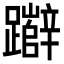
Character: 𮜧